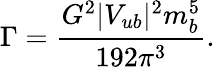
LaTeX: \Gamma=\frac{G^{2}|V_{ub}|^{2}m_{b}^{5}}{192\pi^{3}}.